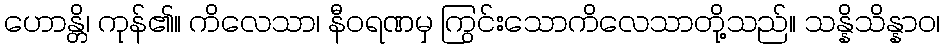
ဟောန္တိ၊ ကုန်၏။ ကိလေသာ၊ နီဝရဏမှ ကြွင်းသောကိလေသာတို့သည်။ သန္နိသိန္နာဝ၊